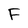
Character: F